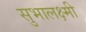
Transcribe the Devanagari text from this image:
सुभालक्ष्मी